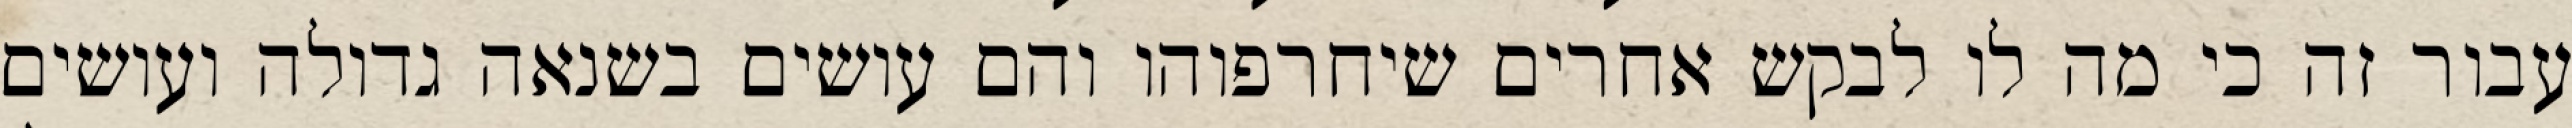
עבור זה כי מה לו לבקש אחרים שיחרפוהו והם עושים בשנאה גדולה ועושים